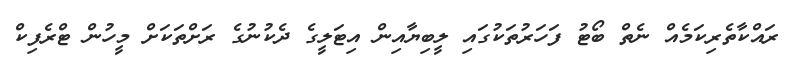
ރައްކާތެރިކަމެއް ނެތް ބޯޓު ފަހަރުތަކުގައި ލީބިޔާއިން އިޓަލީގެ ދެކުނުގެ ރަށްތަކަށް މީހުން ޓްރެފިކް